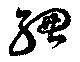
總